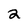
Character: 2